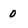
Character: 0